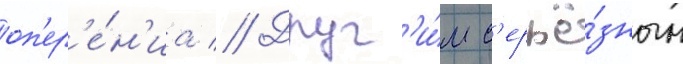
оп'ер'е́н'иа // Друг'и́м с'ерьё́зным